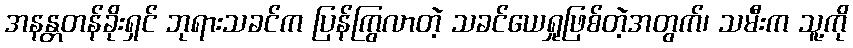
အနန္တတန်ခိုးရှင် ဘုရားသခင်က ပြန်ကြွလာတဲ့ သခင်ယေရှုဖြစ်တဲ့အတွက်၊ သမီးက သူ့ကို